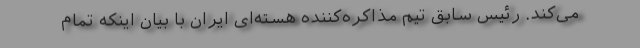
می‌کند. رئیس سابق تیم مذاکره‌کننده هسته‌ای ایران با بیان اینکه تمام